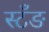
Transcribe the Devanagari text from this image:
स्टँङ